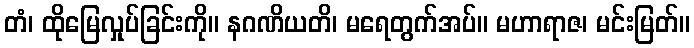
တံ၊ ထိုမြေလှုပ်ခြင်းကို။ နဂဏိယတိ၊ မရေတွက်အပ်။ မဟာရာဇ၊ မင်းမြတ်။